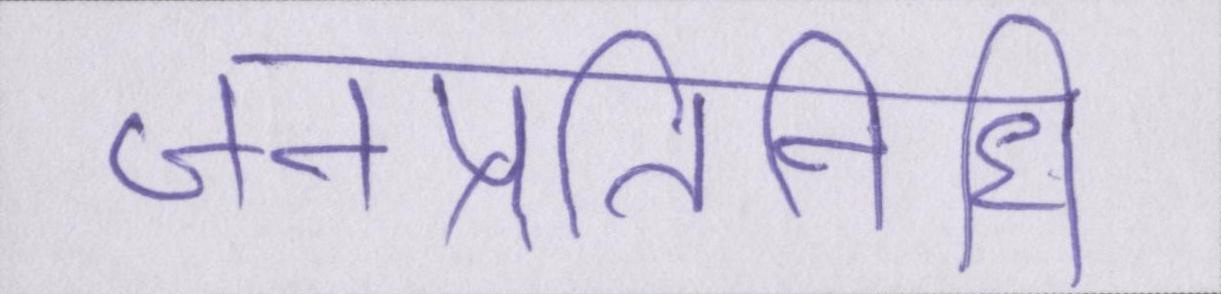
जनप्रतिनिधि